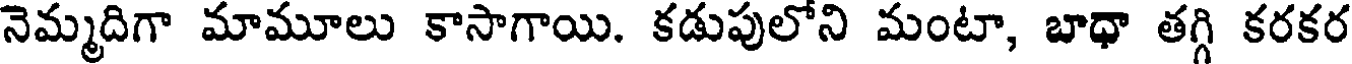
నెమ్మదిగా మామూలు కాసాగాయి. కడుపులోని మంటా, బాధా తగ్గి కరకర